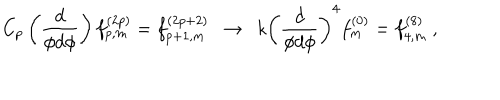
LaTeX: C _ { p } \left( \frac { d } { \phi d \phi } \right) f _ { p , m } ^ { ( 2 p ) } = f _ { p + 1 , m } ^ { ( 2 p + 2 ) } ~ ~ \rightarrow ~ ~ k \left( \frac { d } { \phi d \phi } \right) ^ { 4 } f _ { m } ^ { ( 0 ) } = f _ { 4 , m } ^ { ( 8 ) } \ ,